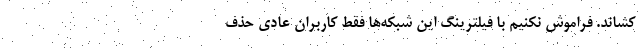
کشاند. فراموش نکنیم با فیلترینگ این شبکه‌ها فقط کاربران عادی حذف